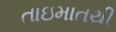
તાઇમાતથી